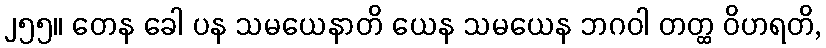
၂၅၅။ တေန ခေါ ပန သမယေနာတိ ယေန သမယေန ဘဂဝါ တတ္ထ ဝိဟရတိ,